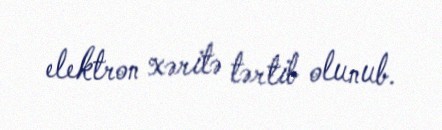
elektron xəritə tərtib olunub.